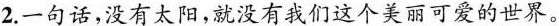
2.一句话，没有太阳，就没有我们这个美丽可爱的世界。